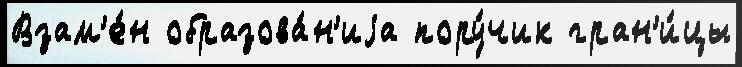
Взам'е́н образова́н'иjа пору́чик гран'и́цы